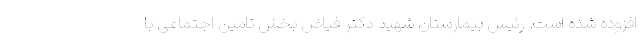
افزوده شده است. رئیس بیمارستان شهید دکتر فیاض بخش تامین اجتماعی با